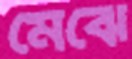
মেঝে